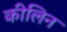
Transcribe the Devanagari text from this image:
कीलिन